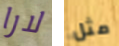
لارا مثل